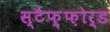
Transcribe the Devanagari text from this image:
स्टैफ़्फ़ोर्ड